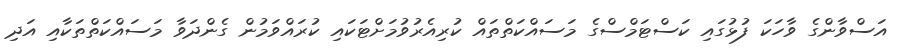
އަސްވާންގެ ވާހަކަ ފުޅުގައި ކަސްޓަމްސްގެ މަސައްކަތްތައް ކުރިއެރުވުމަށްޓަކައި ކުރައްވަމުން ގެންދަވާ މަސައްކަތްތަކާއި އަދި